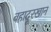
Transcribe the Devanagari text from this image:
बहादूरखान